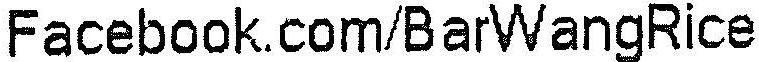
FACEBOOK.COM/BARWANGRICE